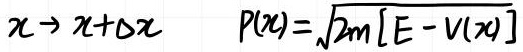
$x \rightarrow x+\Delta x \quad P(x)=\sqrt{2m[E - V(x)]}$